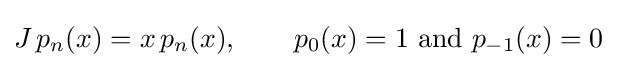
J\,p_{n}(x)=x\,p_{n}(x),\qquad p_{0}(x)=1{\text{ and }}p_{-1}(x)=0